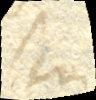
seu